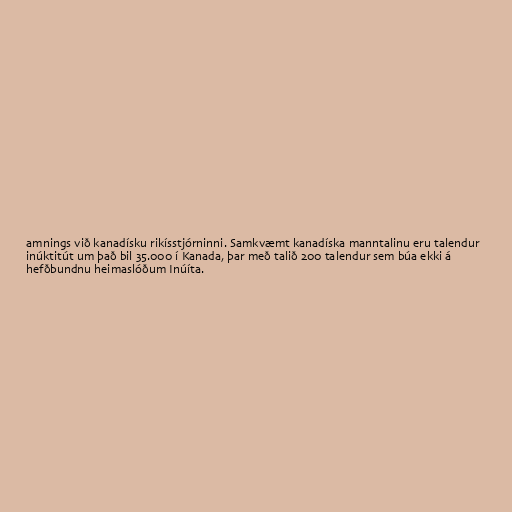
amnings við kanadísku rikísstjórninni. Samkvæmt kanadíska manntalinu eru talendur
inúktitút um það bil 35.000 í Kanada, þar með talið 200 talendur sem búa ekki á
hefðbundnu heimaslóðum Inúíta.